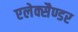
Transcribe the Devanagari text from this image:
एलेक्सैण्डर